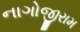
નાગોજીરામ